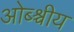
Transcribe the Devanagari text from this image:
ओब्श्चीय